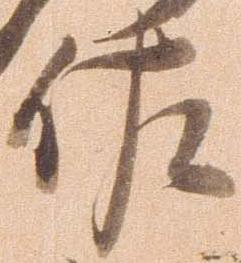
佐